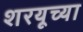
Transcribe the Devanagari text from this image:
शरयूच्या